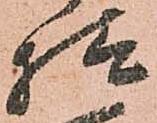
様